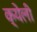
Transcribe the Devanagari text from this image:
क्येली